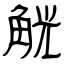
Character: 觥